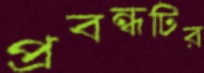
প্রবন্ধটির